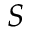
S